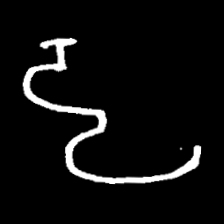
Pyu character \u2014 Myanmar letter: ဠ (romanized: lla)